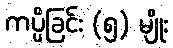
ကပ္ပိခြင်း (၅) မျိုး